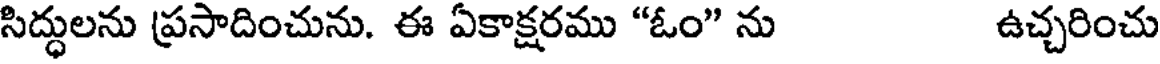
సిద్ధులను ప్రసాదించును. ఈ ఏకాక్షరము "ఓం" ను ఉచ్చరించు